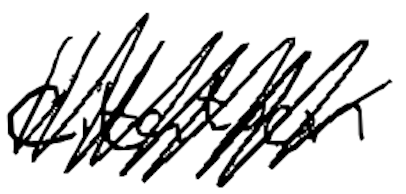
Text: citation
Cross-out: scratch
Writing tool: digital_black